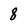
Character: 8